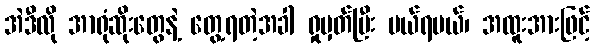
အဲဒီလို အာရုံဆိုးတွေနဲ့ တွေ့ရတဲ့အခါ ရှုမှတ်ပြီး ပယ်ရမယ်၊ အထူးအားဖြင့်